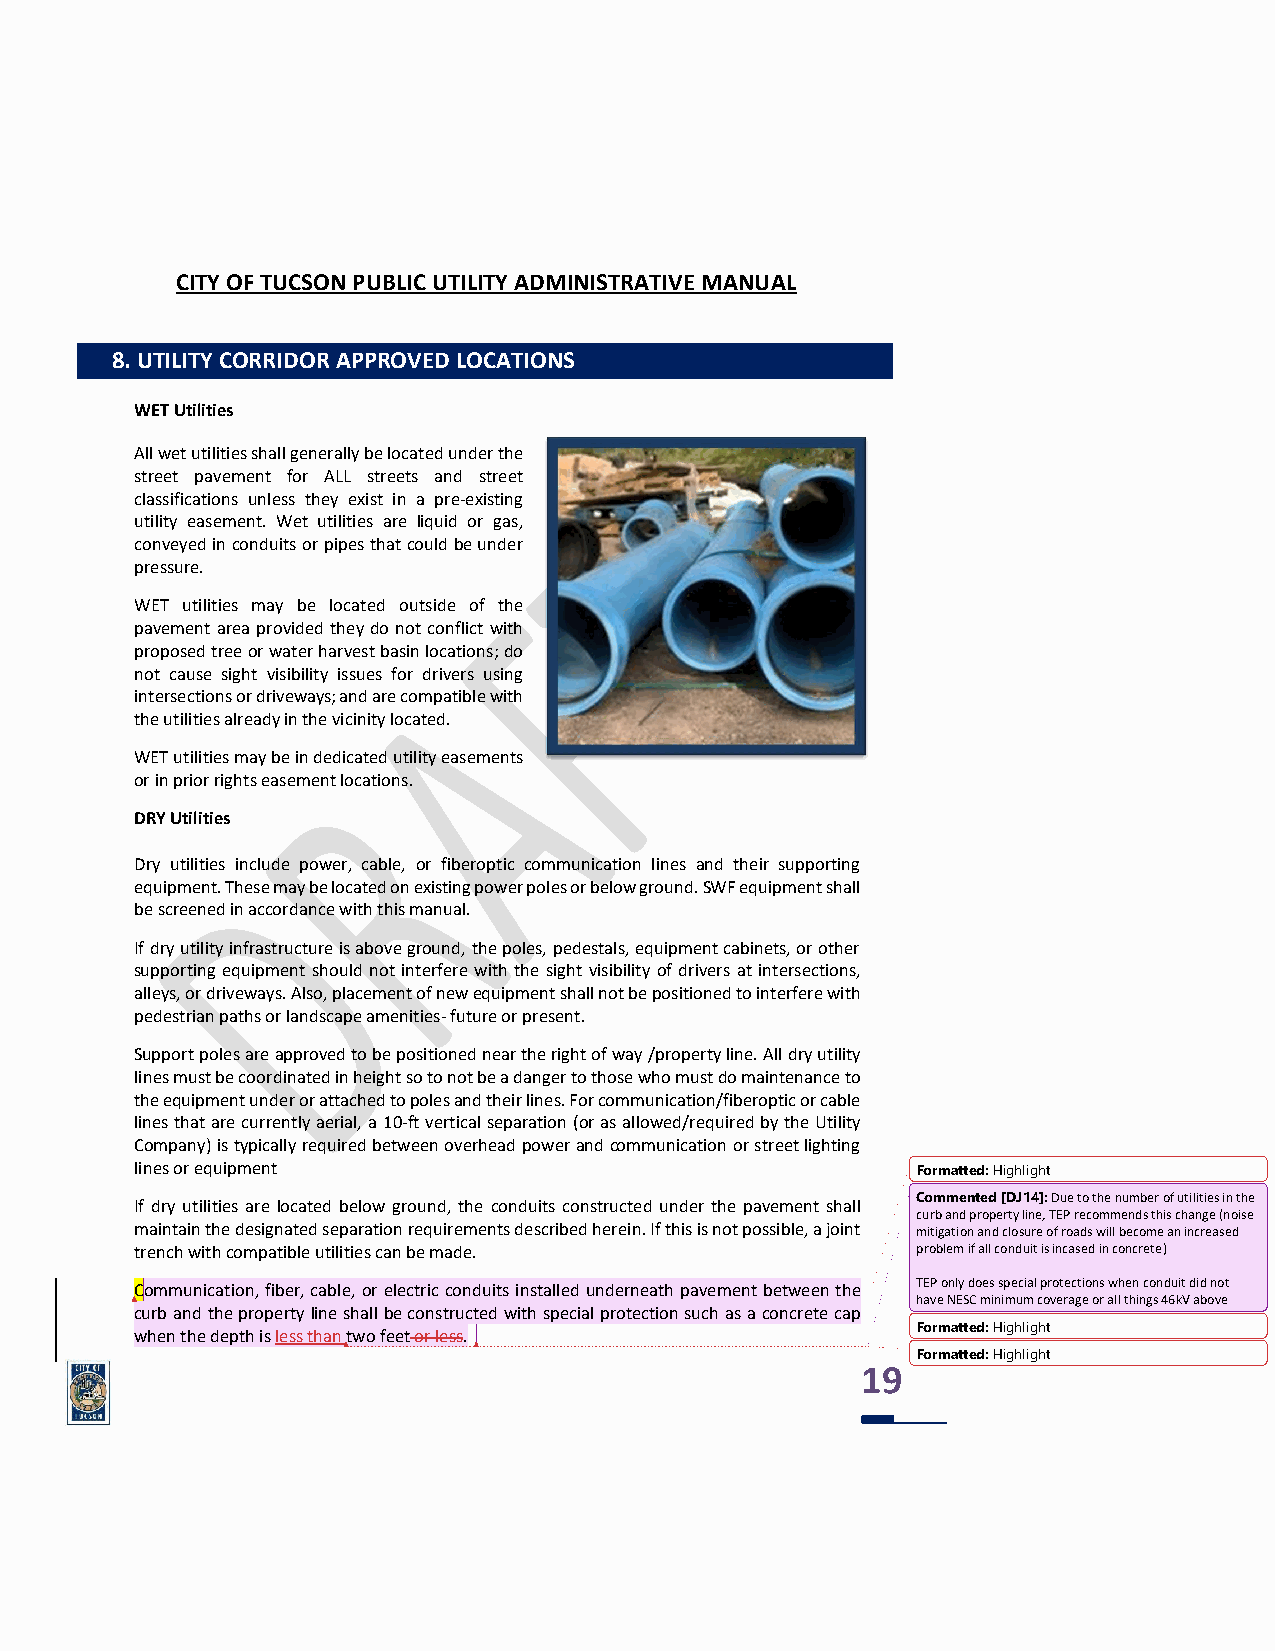
CITY OF TUCSON PUBLIC UTILITY ADMINISTRATIVE MANUAL
 8. UTILITY CORRIDOR APPROVED LOCATIONS
 WET Utilities
 All wet utilities shall generally be located under the
 street pavement for ALL streets and street
 classifications unless they exist in a pre-existing
 utility easement. Wet utilities are liquid or gas,
 conveyed in conduits or pipes that could be under
 pressure.
 WET utilities may be located outside of the
 pavement area provided they do not conflict with
 proposed tree or water harvest basin locations; do
 not cause sight visibility issues for drivers using
 intersections or driveways; and are compatible with
 the utilities already in the vicinity located.
 WET utilities may be in dedicated utility easements
 or in prior rights easement locations.
 DRY Utilities
 Dry utilities include power, cable, or fiberoptic communication lines and their supporting
 equipment. These may be located on existing power poles or below ground. SWF equipment shall
 be screened in accordance with this manual.
 If dry utility infrastructure is above ground, the poles, pedestals, equipment cabinets, or other
 supporting equipment should not interfere with the sight visibility of drivers at intersections,
 alleys, or driveways. Also, placement of new equipment shall not be positioned to interfere with
 pedestrian paths or landscape amenities- future or present.
 Support poles are approved to be positioned near the right of way /property line. All dry utility
 lines must be coordinated in height so to not be a danger to those who must do maintenance to
 the equipment under or attached to poles and their lines. For communication/fiberoptic or cable
 lines that are currently aerial, a 10-ft vertical separation (or as allowed/required by the Utility
 Company) is typically required between overhead power and communication or street lighting
 lines or equipment                                  Formatted: Highlight
 Commented [DJ14]: Due to the number of utilities in the
 If dry utilities are located below ground, the conduits constructed under the pavement shall
 curb and property line, TEP recommends this change (noise
 maintain the designated separation requirements described herein. If this is not possible, a joint mitigation and closure of roads will become an increased
 trench with compatible utilities can be made.       problem if all conduit is incased in concrete)
 Communication, fiber, cable, or electric conduits installed underneath pavement between the TEP only does special protections when conduit did not
 have NESC minimum coverage or all things 46kV above
 curb and the property line shall be constructed with special protection such as a concrete cap
 Formatted: Highlight
 when the depth is less than two feet or less.
 Formatted: Highlight
 19